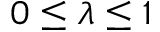
0 \leq \lambda \leq 1